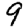
Digit: 9